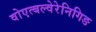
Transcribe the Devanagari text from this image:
वोएत्बल्वेरेनिगिङ